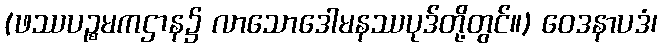
(ဖဿပဉ္စမကဌာန၌ လာသောဒေါမနဿပုဒ်တို့တွင်။) ဝေဒနာပဒံ၊